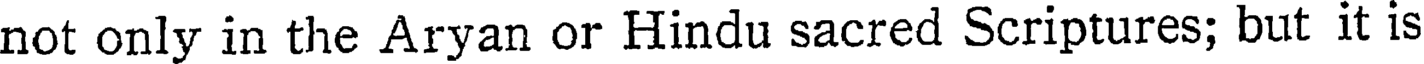
not only in the Aryan or Hindu sacred Scriptures; but it is